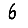
Digit: 6